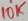
Text: 10K